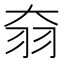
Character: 𦏷